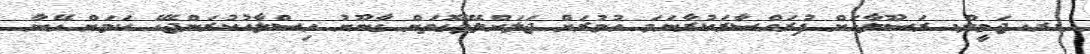
ޑރ. ޖަމީލް. ރަސޫލާއަށް ފުރައްސާރަކުރާނަމަ އުމުރަށް ޖަލަށްލެވޭގޮތަށް ގާނޫނު އިސްލާހުކުރަންޖެހޭ ކަމަށް އޭނާ